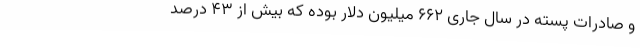
و صادرات پسته در سال جاری 662 میلیون دلار بوده که بیش از 43 درصد